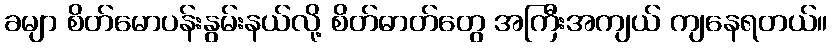
ခမျာ စိတ်မောပန်းနွမ်းနယ်လို့ စိတ်ဓာတ်တွေ အကြီးအကျယ် ကျနေရတယ်။